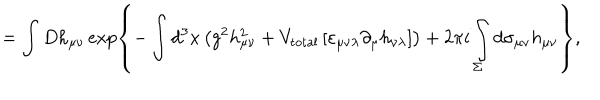
LaTeX: = \int D h _ { \mu \nu } \exp \left\{ - \int d ^ { 3 } x \left( g ^ { 2 } h _ { \mu \nu } ^ { 2 } + V _ { \mathrm { t o t a l } } \left[ \varepsilon _ { \mu \nu \lambda } \partial _ { \mu } h _ { \nu \lambda } \right] \right) + 2 \pi i \int _ { \Sigma } ^ { } d \sigma _ { \mu \nu } h _ { \mu \nu } \right\} ,